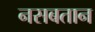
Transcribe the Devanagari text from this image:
नसबतान